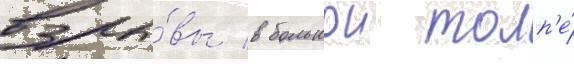
взры́вы в большои толп'е́